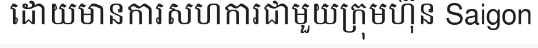
ដោយមានការសហការជាមួយក្រុមហ៊ុន Saigon